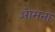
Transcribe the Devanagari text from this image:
ओमना